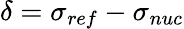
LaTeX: \delta=\sigma_{ref}-\sigma_{nuc}